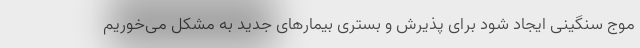
موج سنگینی ایجاد شود برای پذیرش و بستری بیمارهای جدید به مشکل می‌خوریم